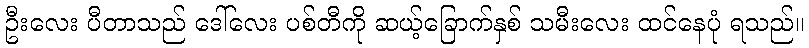
ဦးလေး ပီတာသည် ဒေါ်လေး ပစ်တီကို ဆယ့်ခြောက်နှစ် သမီးလေး ထင်နေပုံ ရသည်။